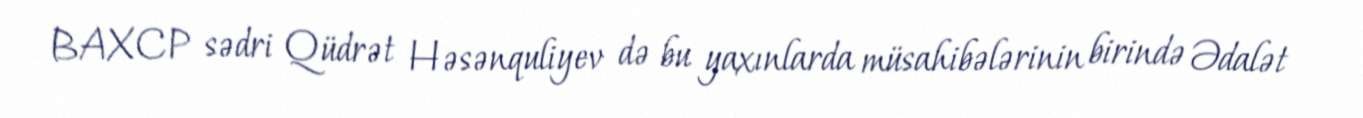
BAXCP sədri Qüdrət Həsənquliyev də bu yaxınlarda müsahibələrinin birində Ədalət